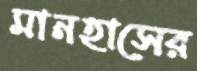
মানহাসের